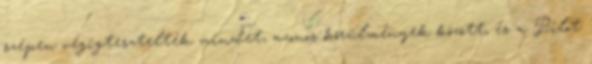
szépen végigtesztelték mindet, azonos körülmények között, és a Pilot